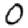
Digit: 0